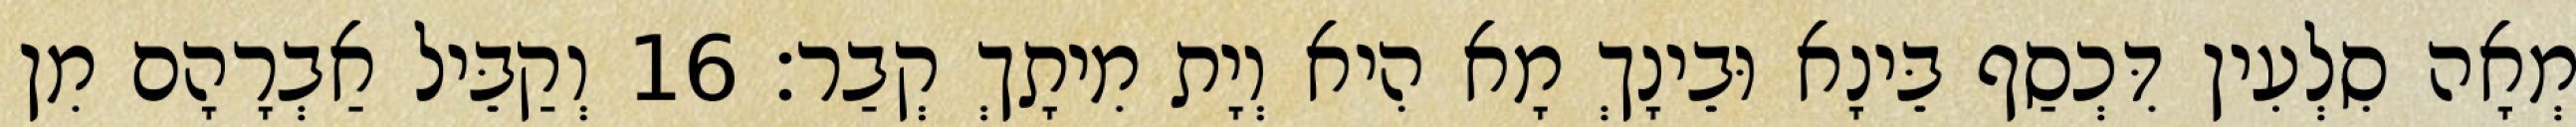
מְאָה סִלְעִין דִּכְסַף בֵּינָא וּבֵינָךְ מָא הִיא וְיָת מִיתָךְ קְבַר׃ 16 וְקַבֵּיל אַבְרָהָם מִן